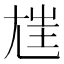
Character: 𡯪